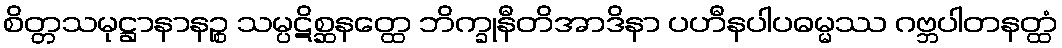
စိတ္တသမုဋ္ဌာနာနဉ္စ သမ္ပဋိစ္ဆနတ္ထေ ဘိက္ခုနီတိအာဒိနာ ပဟီနပါပဓမ္မဿ ဂဗ္ဘပါတနတ္ထံ